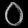
Digit: ၀